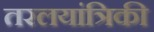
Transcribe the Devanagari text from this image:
तरलयांत्रिकी